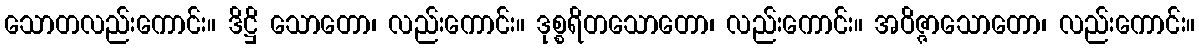
သောတလည်းကောင်း။ ဒိဋ္ဌိ သောတော၊ လည်းကောင်း။ ဒုစ္စရိတသောတော၊ လည်းကောင်း။ အဝိဇ္ဇာသောတော၊ လည်းကောင်း။